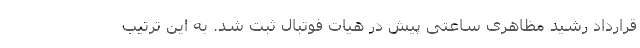
قرارداد رشید مظاهری ساعتی پیش در هیات فوتبال ثبت شد. به این ترتیب